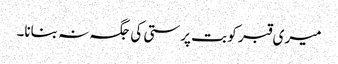
میری قبر کو بت پرستی کی جگہ نہ بنانا۔